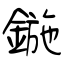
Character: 鍦